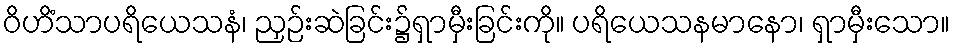
ဝိဟိံသာပရိယေသနံ၊ ညှဉ်းဆဲခြင်း၌ရှာမှီးခြင်းကို။ ပရိယေသနမာနော၊ ရှာမှီးသော။